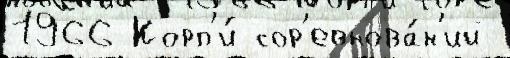
1966 Корп'и́ сор'евнова́н'ий